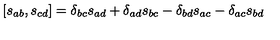
[ s _ { a b } , s _ { c d } ] = \delta _ { b c } s _ { a d } + \delta _ { a d } s _ { b c } - \delta _ { b d } s _ { a c } - \delta _ { a c } s _ { b d }